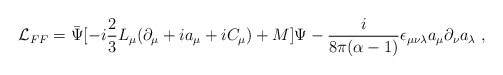
\begin{align*}{\cal L}_{FF} = \bar\Psi[-i\frac{2}{3}L_\mu(\partial_\mu + ia_\mu +iC_\mu) +M]\Psi- \frac{i}{8\pi(\alpha-1)}\epsilon_{\mu\nu\lambda}a_\mu\partial_\nu a_\lambda\;,\end{align*}